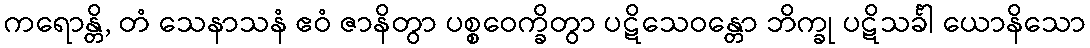
ကရောန္တိ, တံ သေနာသနံ ဧဝံ ဇာနိတွာ ပစ္စဝေက္ခိတွာ ပဋိသေဝန္တော ဘိက္ခု ပဋိသင်္ခါ ယောနိသော